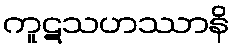
ကူဋသဟဿာနိ